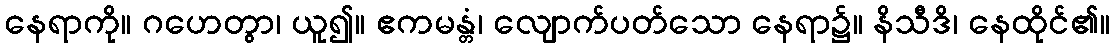
နေရာကို။ ဂဟေတွာ၊ ယူ၍။ ဧကမန္တံ၊ လျောက်ပတ်သော နေရာ၌။ နိသီဒိ၊ နေထိုင်၏။